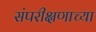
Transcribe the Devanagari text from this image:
संपरीक्षणाच्या